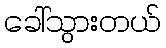
ခေါ်သွားတယ်